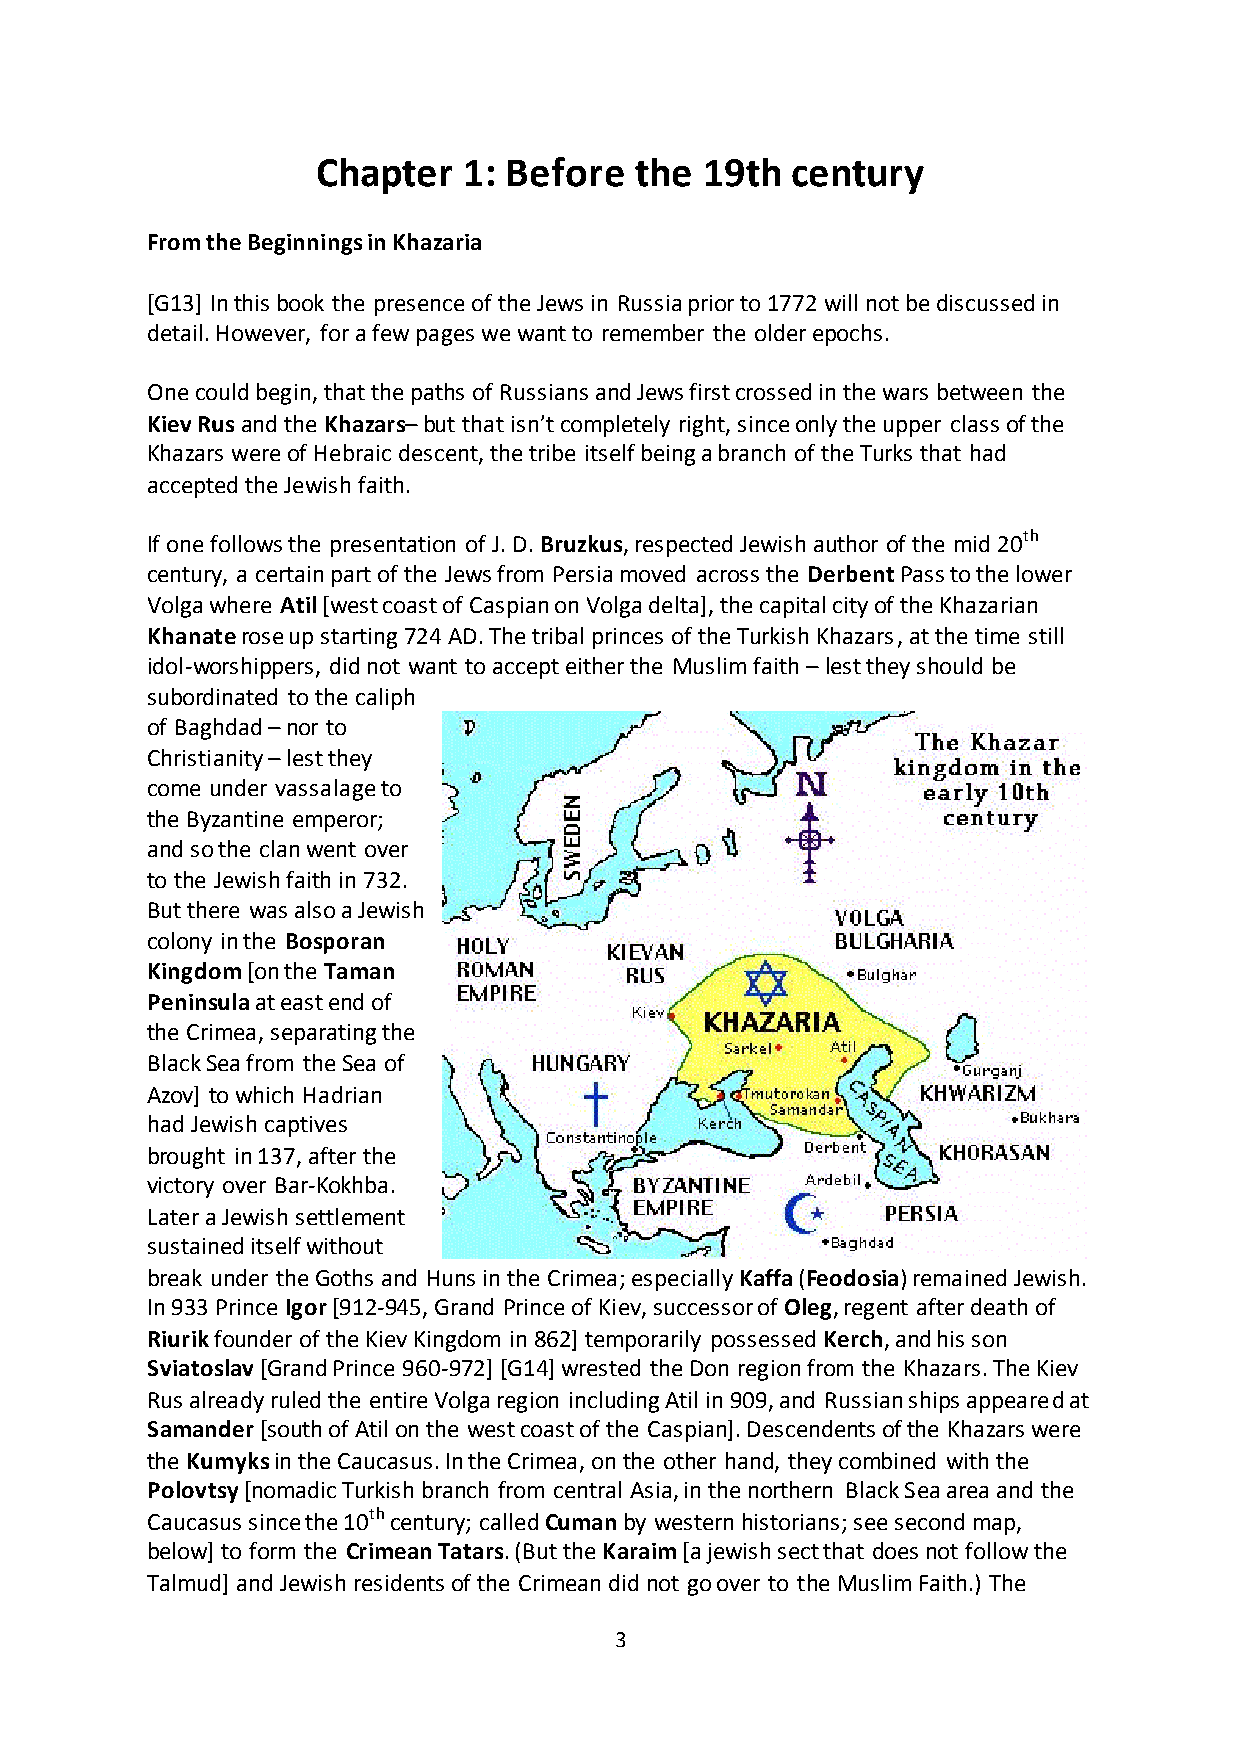
Chapter   1: Before  the  19th century
 From the Beginnings in Khazaria
 [G13] In this book the presence of the Jews in Russia prior to 1772 will not be discussed in
 detail. However, for a few pages we want to remember the older epochs.
 One could begin, that the paths of Russians and Jews first crossed in the wars between the
 Kiev Rus and the Khazars– but that isn’t completely right, since only the upper class of the
 Khazars were of Hebraic descent, the tribe itself being a branch of the Turks that had
 accepted the Jewish faith.
 If one follows the presentation of J. D. Bruzkus, respected Jewish author of the mid 20th
 century, a certain part of the Jews from Persia moved across the Derbent Pass to the lower
 Volga where Atil [west coast of Caspian on Volga delta], the capital city of the Khazarian
 Khanate rose up starting 724 AD. The tribal princes of the Turkish Khazars, at the time still
 idol-worshippers, did not want to accept either the Muslim faith – lest they should be
 subordinated to the caliph
 of Baghdad – nor to
 Christianity – lest they
 come under vassalage to
 the Byzantine emperor;
 and so the clan went over
 to the Jewish faith in 732.
 But there was also a Jewish
 colony in the Bosporan
 Kingdom [on the Taman
 Peninsula at east end of
 the Crimea, separating the
 Black Sea from the Sea of
 Azov] to which Hadrian
 had Jewish captives
 brought in 137, after the
 victory over Bar-Kokhba.
 Later a Jewish settlement
 sustained itself without
 break under the Goths and Huns in the Crimea; especially Kaffa (Feodosia) remained Jewish.
 In 933 Prince Igor [912-945, Grand Prince of Kiev, successor of Oleg, regent after death of
 Riurik founder of the Kiev Kingdom in 862] temporarily possessed Kerch, and his son
 Sviatoslav [Grand Prince 960-972] [G14] wrested the Don region from the Khazars. The Kiev
 Rus already ruled the entire Volga region including Atil in 909, and Russian ships appeared at
 Samander [south of Atil on the west coast of the Caspian]. Descendents of the Khazars were
 the Kumyks in the Caucasus. In the Crimea, on the other hand, they combined with the
 Polovtsy [nomadic Turkish branch from central Asia, in the northern Black Sea area and the
 Caucasus since the 10th century; called Cuman by western historians; see second map,
 below] to form the Crimean Tatars. (But the Karaim [a jewish sect that does not follow the
 Talmud] and Jewish residents of the Crimean did not go over to the Muslim Faith.) The
 3